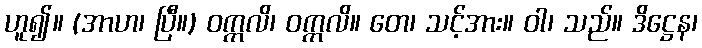
ဟူ၍။ (အာဟ၊ ပြီ။) ဝက္ကလိ၊ ဝက္ကလိ။ တေ၊ သင့်အား။ ဝါ၊ သည်။ ဒိဋ္ဌေန၊